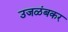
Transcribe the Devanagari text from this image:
उजळंबकर